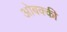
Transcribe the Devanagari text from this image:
ओबक्की